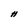
Character: H